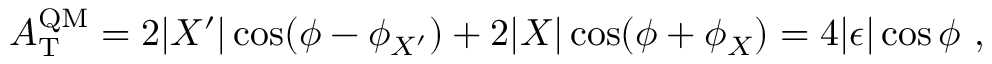
A _ { \mathrm { T } } ^ { \mathrm { Q M } } = 2 | X ^ { \prime } | \cos ( \phi - \phi _ { X ^ { \prime } } ) + 2 | X | \cos ( \phi + \phi _ { X } ) = 4 | \epsilon | \cos \phi \ ,